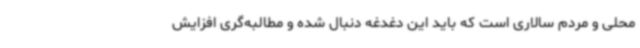
محلی و مردم سالاری است که باید این دغدغه دنبال شده و مطالبه‌گری افزایش